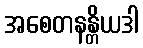
အစေတနန္တိယဒါ